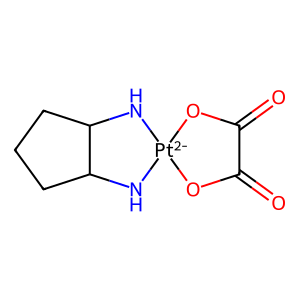
SMILES: O=C1O[Pt-2]2(NC3CCCC3N2)OC1=O
Inhibits HIV replication: No